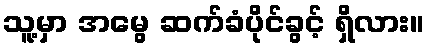
သူ့မှာ အမွေ ဆက်ခံပိုင်ခွင့် ရှိလား။